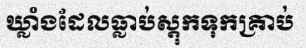
ឃ្លាំងដែលធ្លាប់ស្តុកទុកគ្រាប់